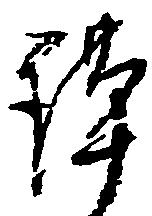
謹